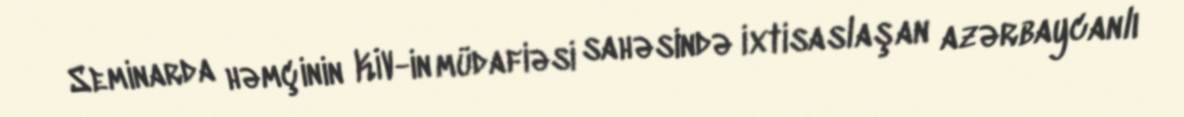
Seminarda həmçinin KİV-in müdafiəsi sahəsində ixtisaslaşan azərbaycanlı